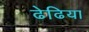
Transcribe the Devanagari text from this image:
ढेढिया